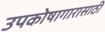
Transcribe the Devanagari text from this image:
उपकोषागारासाठी